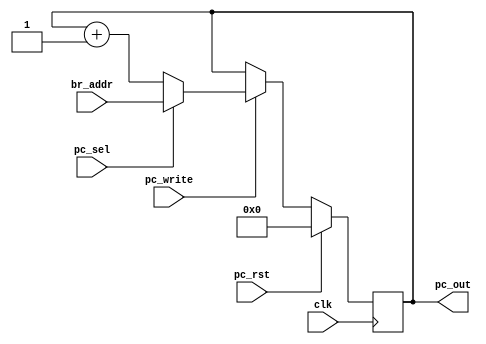
// ECE:3350 SISC processor project
// program counter

`timescale 1ns/100ps

module pc (clk, br_addr, pc_sel, pc_write, pc_rst, pc_out);

  /*
   *  PROGRAM COUNTER - pc.v
   *
   *  Inputs:
   *   - clk: System clock; positive edge active
   *   - br_addr (16 bits): The branch address computed by the br module.
   *   - pc_sel: This control bit tells the pc module whether to save the branch
   *        address (pc_sel = 1) or PC+1 (pc_sel = 0) to the program counter.
   *   - pc_write: When this control bit changes to 1, the selected value (either
   *        the branch address or PC+1) is saved to pc_out and held there until
   *        the next time pc_en is set to 1.
   *   - pc_rst: This resets the program counter to 0x0000 when set to 1.
   *
   *  Outputs:
   *   - pc_out (16 bits): This is the current value of the program counter, to
   *        be used in the instruction memory (im.v) and branch (br.v) modules.
   *
   */

  input         clk;
  input  [15:0] br_addr;
  input         pc_sel;
  input         pc_write;
  input         pc_rst;
  output [15:0] pc_out;

  reg    [15:0] pc_in;
  reg    [15:0] pc_out;
 
  // program counter latch
  always @(posedge clk)
  begin
    if (pc_rst == 1'b1)
      pc_out <= 16'h0000;
    else
      if (pc_write == 1'b1)
        pc_out <= pc_in;
  end
  
  always @(br_addr, pc_out, pc_sel)
  begin
    if (pc_sel == 1'b0)
      pc_in <= pc_out + 1;
    else
      pc_in <= br_addr;
  end

endmodule